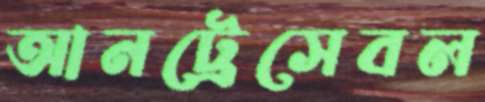
আনট্রেসেবল